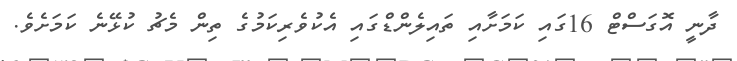
ދާނީ އޮގަސްޓް 16ގައި ކަމަށާއި ތައިލެންޑްގައި އެކުވެރިކަމުގެ ތިން މެޗު ކުޅޭނެ ކަމަށެވެ.